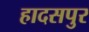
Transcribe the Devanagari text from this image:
हादसपुर